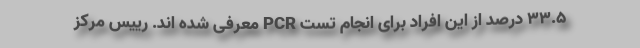
۳۳.۵ درصد از این افراد برای انجام تست PCR معرفی شده اند. رییس مرکز